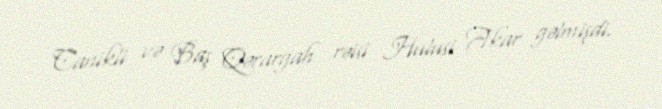
Canikli və Baş Qərargah rəisi Hulusi Akar gəlmişdi.